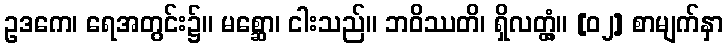
ဥဒကေ၊ ရေအတွင်း၌။ မစ္ဆော၊ ငါးသည်။ ဘဝိဿတိ၊ ရှိလတ္တံ့။ [၀၂] စာမျက်နှာ